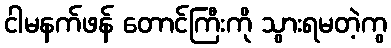
ငါမနက်ဖန် တောင်ကြီးကို သွားရမတဲ့ကွ